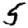
Digit: 5